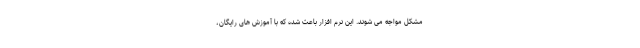
مشکل مواجه می شوند. این نرم افزار باعث شده که با آموزش های رایگان،